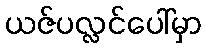
ယဇ်ပလ္လင်ပေါ်မှာ